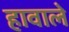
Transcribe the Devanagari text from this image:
हावाले